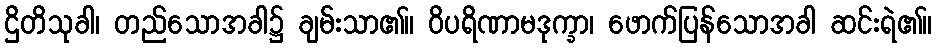
ဌိတိသုခါ၊ တည်သောအခါ၌ ချမ်းသာ၏။ ဝိပရိဏာမဒုက္ခာ၊ ဖောက်ပြန်သောအခါ ဆင်းရဲ၏။